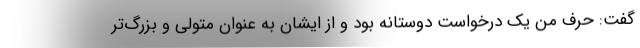
گفت: حرف من یک درخواست دوستانه بود و از ایشان به عنوان متولی و بزرگ‌تر